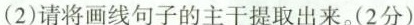
（2）请将画线句子的主干提取出来。（2分）